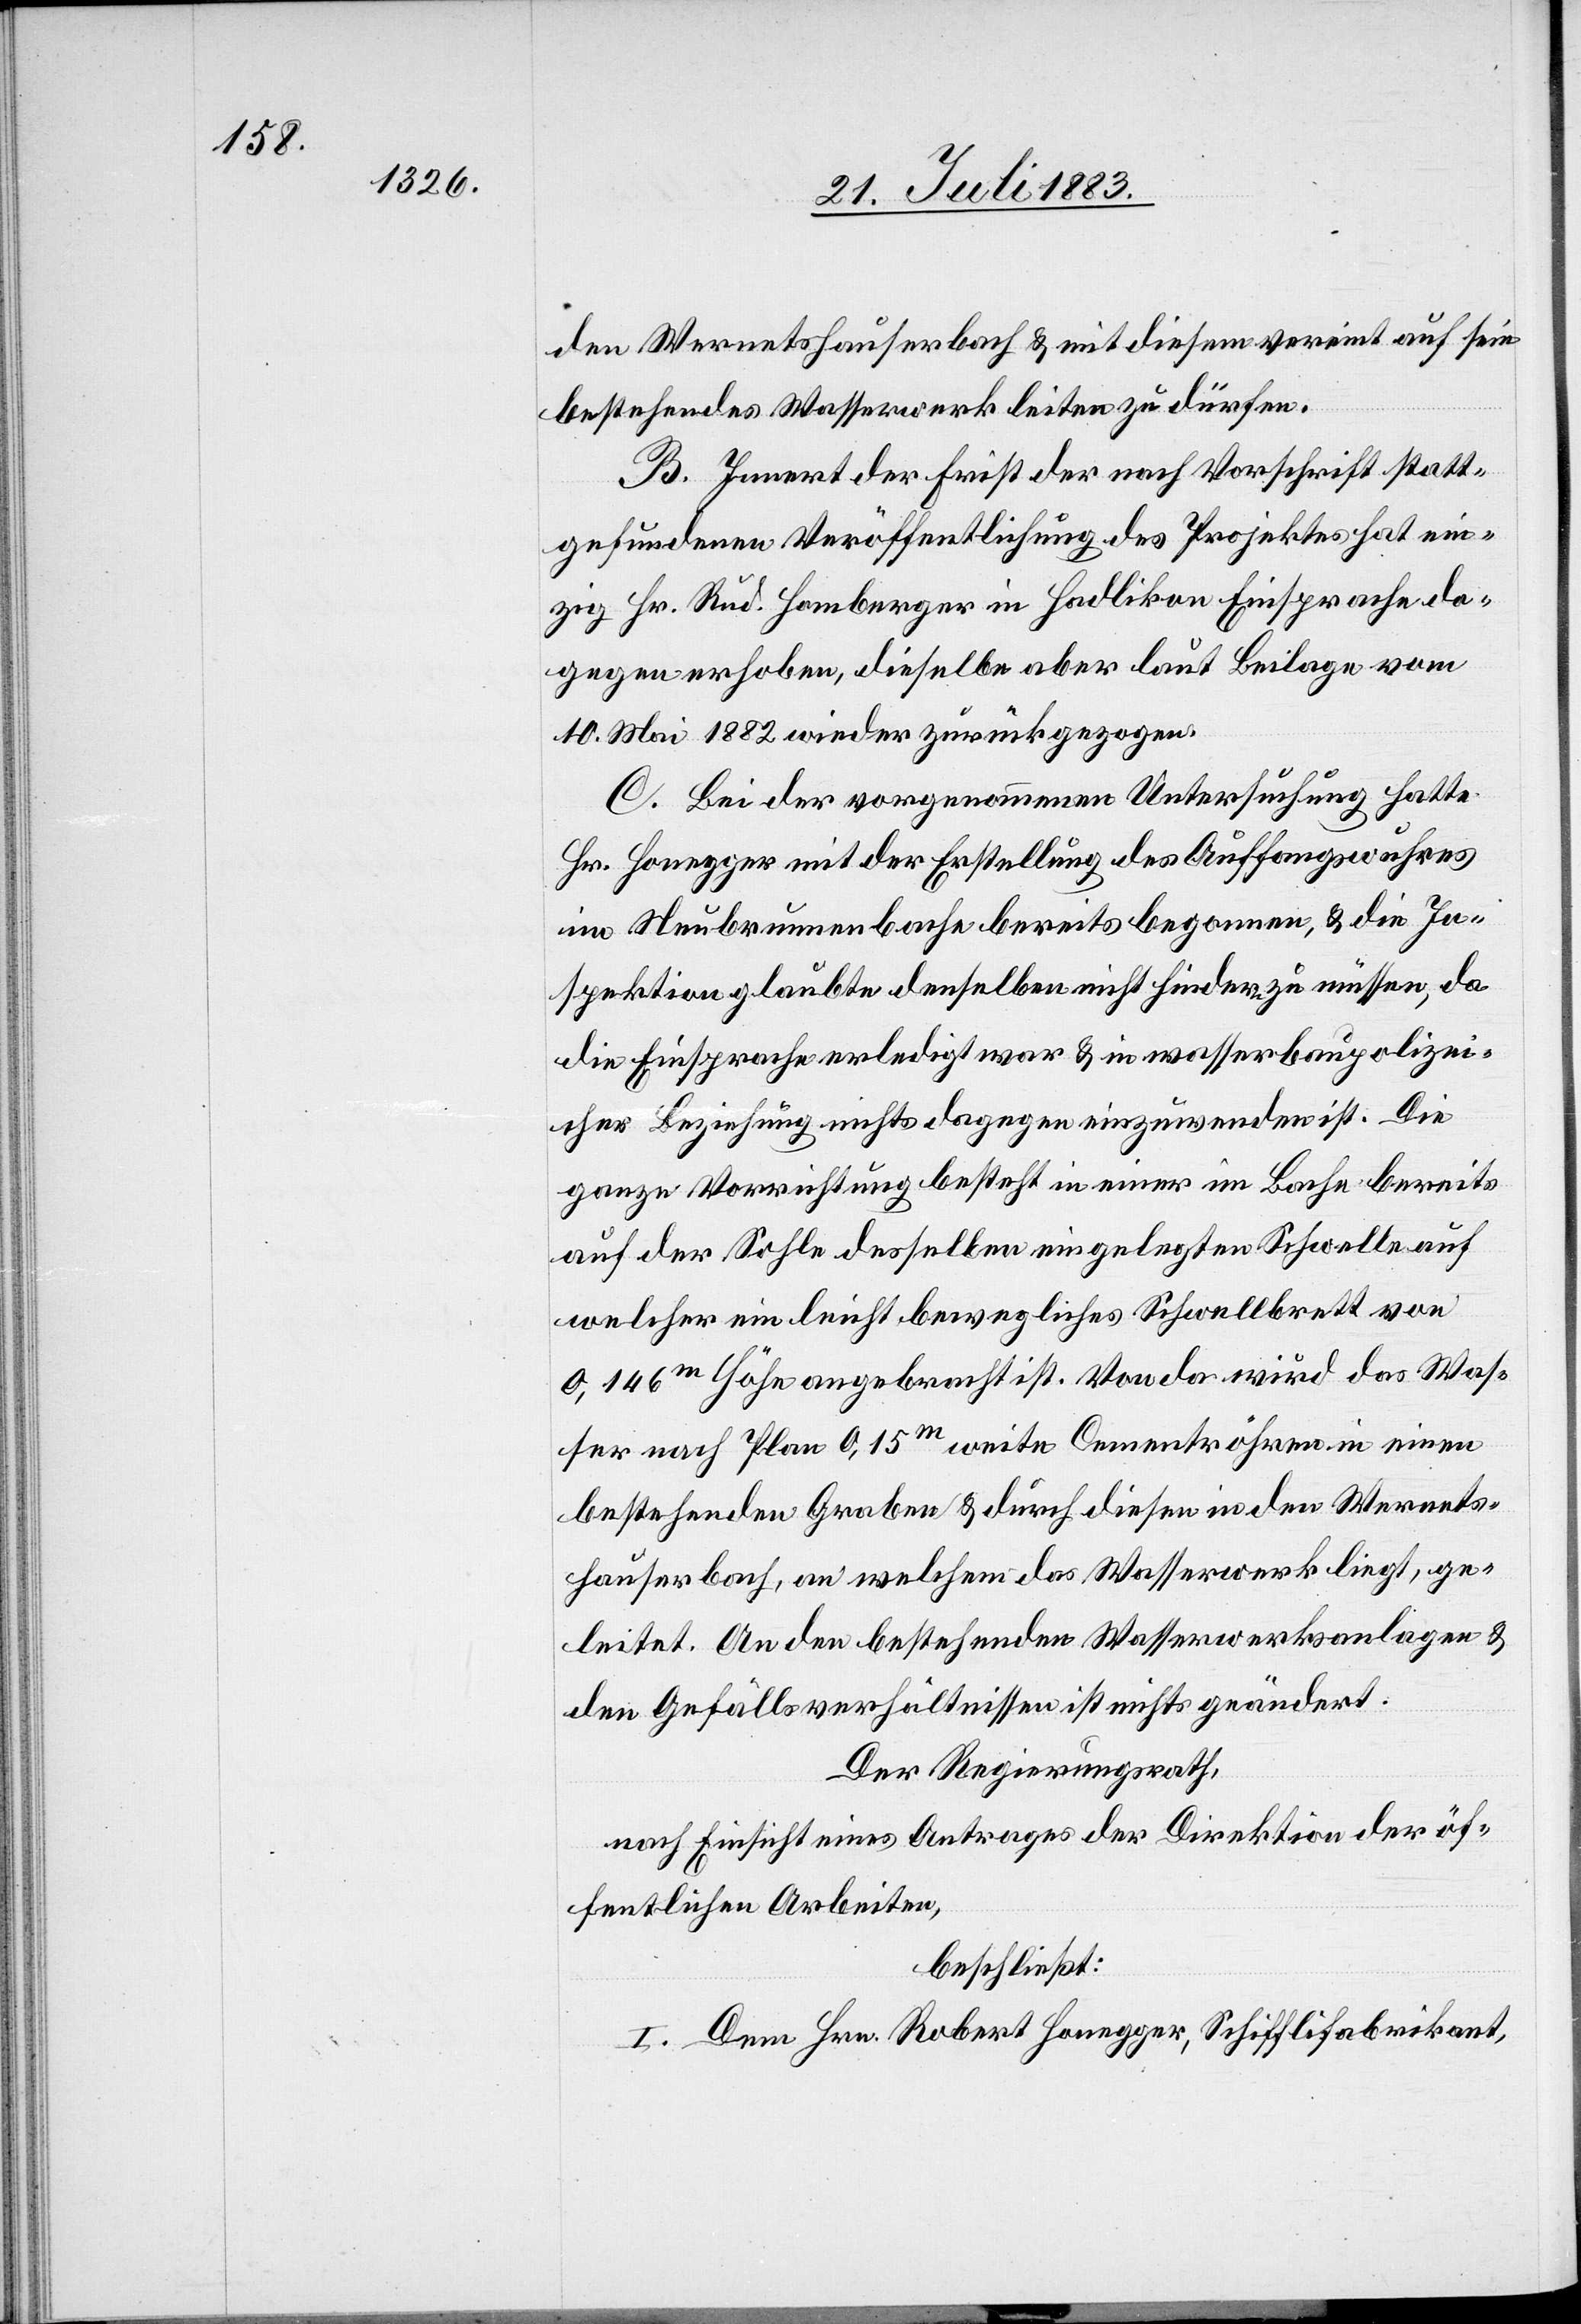
den Wernetshauserbach & mit diesem vereint auf sein
bestehendes Wasserwerk leiten zu dürfen.
B. Innert der Frist der nach Vorschrift statt¬
gefundenen Veröffentlichung des Projektes hat ein¬
zig Hr. Rud. Homberger in Hadlikon Einsprache da¬
gegen erhoben, dieselbe aber laut Beilage vom
10. Mai 1882 wieder zurückgezogen.
C. Bei der vorgenommenen Untersuchung hatte
Hr. Honegger mit der Erstellung des Auffangswuhres
im Neubrunnenbache bereits begonnen, & die In¬
spektion glaubte denselben nicht hindern zu müssen, da
die Einsprache erledigt war & in wasserbaupolizeili¬
cher Beziehung nichts dagegen einzuwenden ist. Die
ganze Vorrichtung besteht in einer im Bache bereits
auf der Sohle desselben eingelegten Schwelle auf
welcher ein leicht bewegliches Schwellbrett von
0,146m Höhe angebracht ist. Von da wird das Was¬
ser nach Plan [durch] 0,15m weite Cementröhren in einen
bestehenden Graben & durch diesen in den Wernets¬
hauserbach, an welchem das Wasserwerk liegt, ge¬
leitet. An den bestehenden Wasserwerksanlagen &
den Gefällsverhältnissen ist nichts geändert.
Der Regierungsrath,
nach Einsicht eines Antrages der Direktion der öf¬
fentlichen Arbeiten,
beschließt:
I. Dem Hrn. Robert Honegger, Schifflifabrikant,